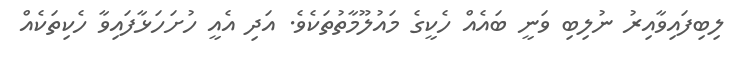
ލިބިފައިވާއިރު ނުލިބި ވަނީ ބައެއް ހެކީގެ މައުލޫމާތުތަކެވެ. އަދި އެއީ ހުށަހަޅާފައިވާ ހެކިތަކެއް